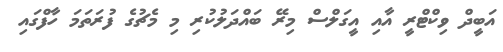
އަބީދް ވިކްޓްރީ އާއި އީގަލްސް މިރޭ ބައްދަލުކުރި މި މެޗުގެ ފުރަތަމަ ހާފްގައި